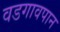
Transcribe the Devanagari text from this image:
वडगावपान